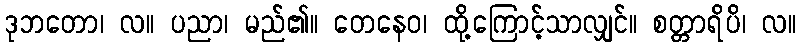
ဒုဘတော၊ လ။ ပညာ၊ မည်၏။ တေနေဝ၊ ထို့ကြောင့်သာလျှင်။ စတ္တာရိပိ၊ လ။